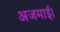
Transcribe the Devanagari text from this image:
अजमाई।